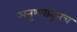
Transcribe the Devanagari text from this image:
अनुभवांतूनच